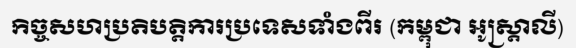
កិច្ចសហប្រតិបត្តិការប្រទេសទាំងពីរ (កម្ពុជា អូស្ត្រាលី)